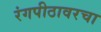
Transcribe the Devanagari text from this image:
रंगपीठावरचा